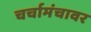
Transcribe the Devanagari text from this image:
चर्चामंचावर